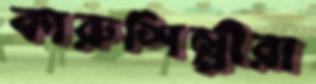
কারুশিল্পীরা